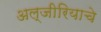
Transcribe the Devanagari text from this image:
अल्जीरियाचे